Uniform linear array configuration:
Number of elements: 4
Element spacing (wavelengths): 1
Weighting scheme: binomial
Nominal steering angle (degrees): -15
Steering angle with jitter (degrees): -16.899
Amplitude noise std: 0.05
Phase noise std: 0.05

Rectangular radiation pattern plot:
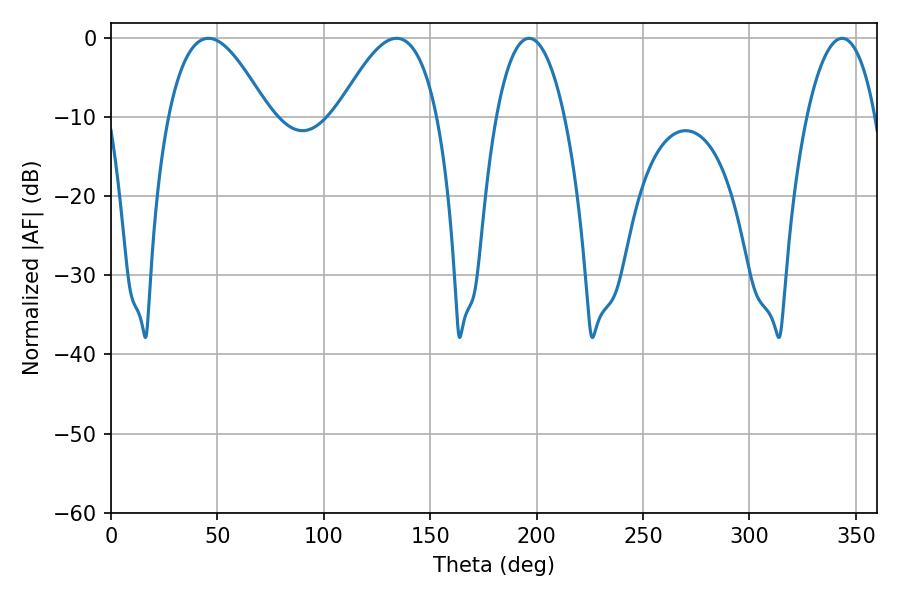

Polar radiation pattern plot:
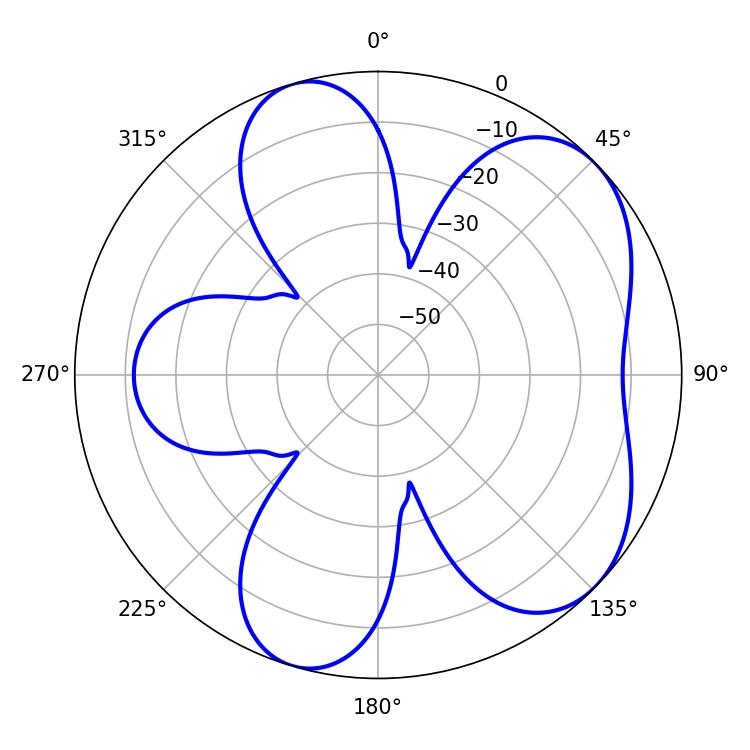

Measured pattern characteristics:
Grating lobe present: TRUE
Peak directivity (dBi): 5.838
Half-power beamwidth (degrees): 25.56
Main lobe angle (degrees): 45.72